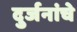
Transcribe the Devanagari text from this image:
दुर्जनांचे